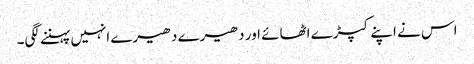
اس نے اپنے کپڑے اٹھائے اور دھیرے دھیرے انہیں پہننے لگی۔